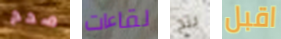
صحح لقاءات بنج اقبل